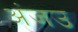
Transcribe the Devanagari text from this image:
अंजउ